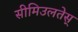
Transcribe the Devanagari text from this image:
सीमिउलतेस्